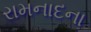
રામનાદના